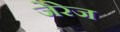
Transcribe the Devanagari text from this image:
जेरेज